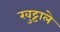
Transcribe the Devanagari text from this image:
खुट्टाले